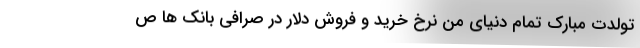
تولدت مبارک تمام دنیای من نرخ خرید و فروش دلار در صرافی بانک ها ص